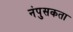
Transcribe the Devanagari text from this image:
नंपुसकता